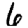
Digit: 6